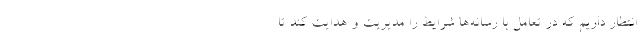
انتظار داریم که در تعامل با رسانه‌ها شرایط را مدیریت و هدایت کند تا